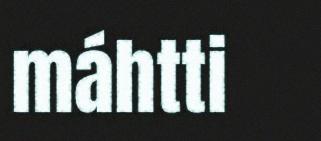
máhtti